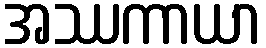
အဿကာယာ